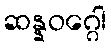
ဆန္နဝဂ္ဂေါ